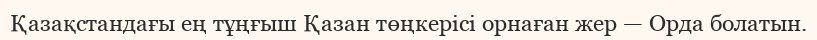
Қазақстандағы ең тұңғыш Қазан төңкерісі орнаған жер — Орда болатын.